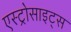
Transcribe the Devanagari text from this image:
एस्ट्रोसाइट्स